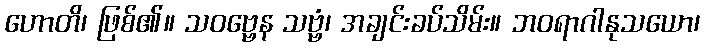
ဟောတိ၊ ဖြစ်၏။ သဝဗ္ဗေန သဗ္ဗံ၊ အချင်းခပ်သိမ်း။ ဘဝရာဂါနုသယော၊